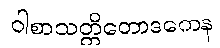
ဝါစာသတ္တိတောဒကေန